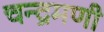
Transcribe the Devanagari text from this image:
चन्द्रमणी